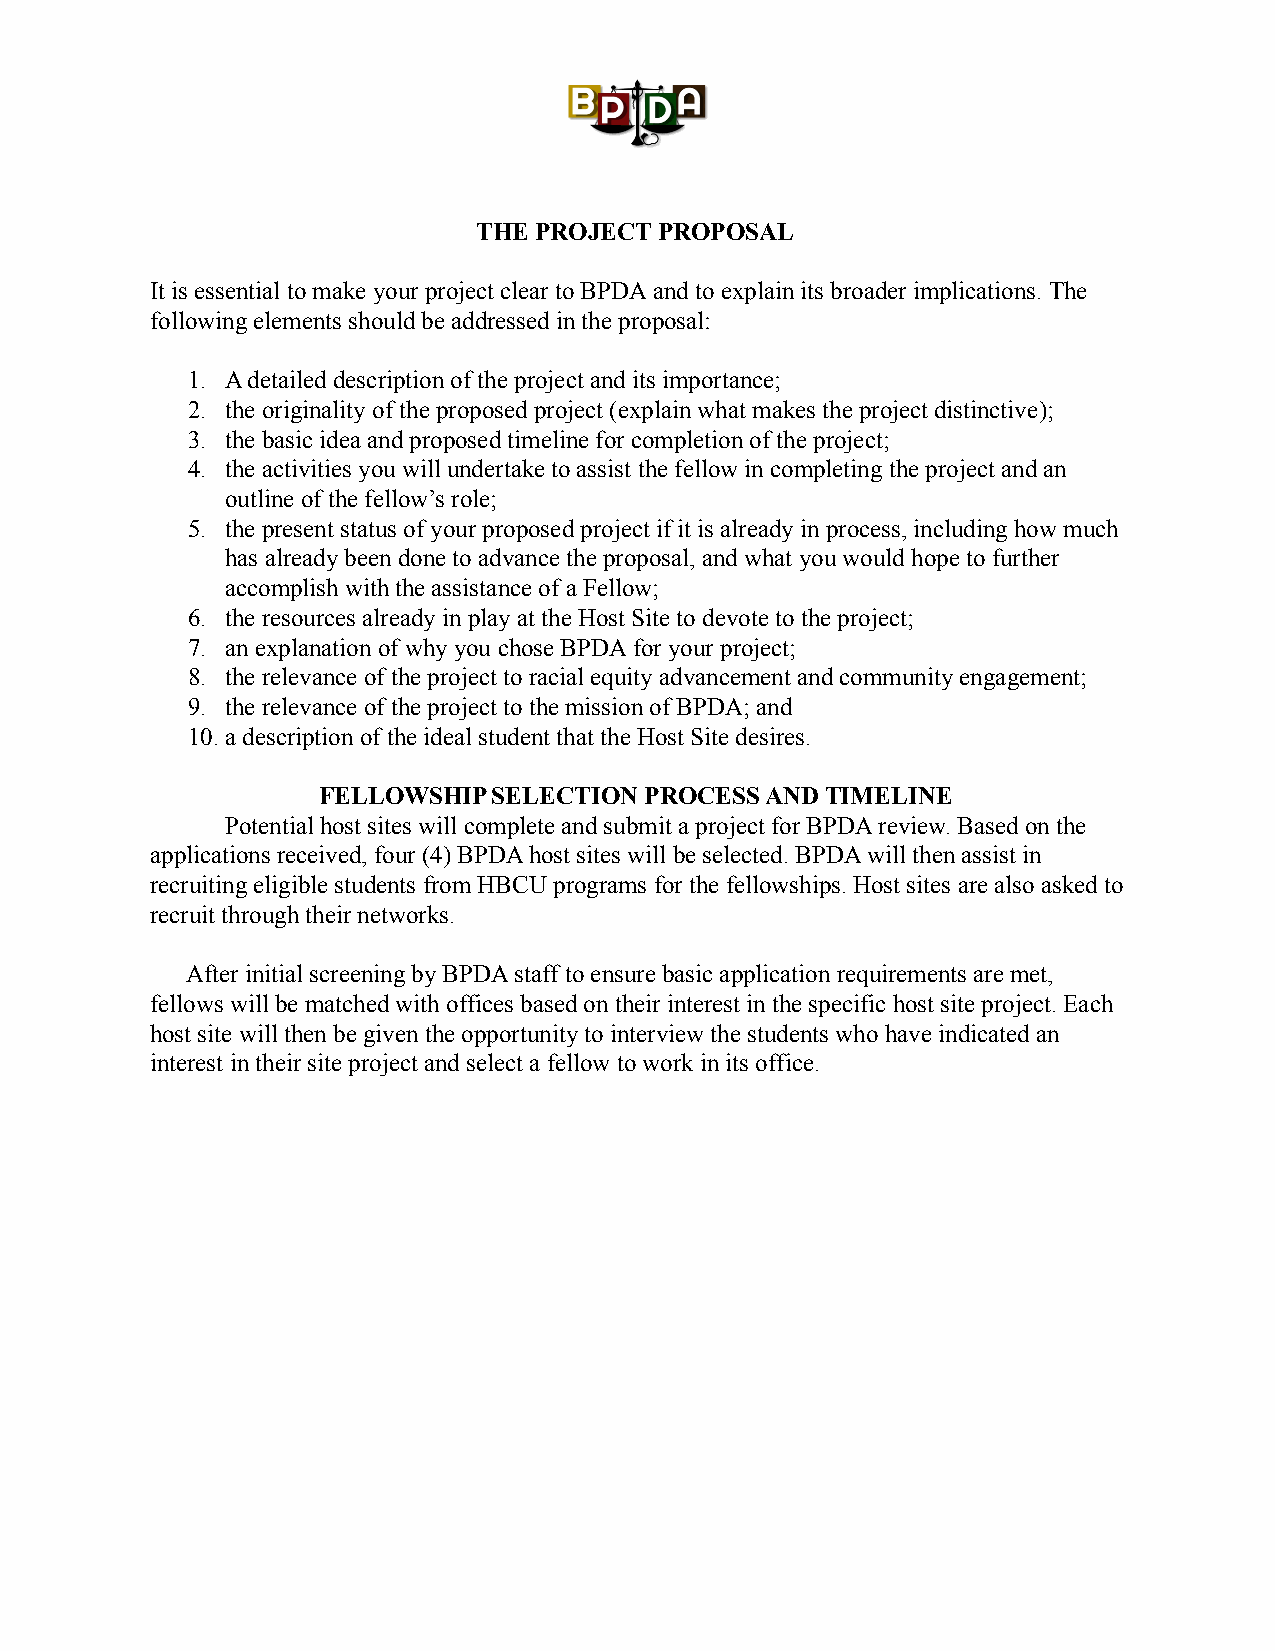
THE PROJECT PROPOSAL
 It is essential to make your project clear to BPDA and to explain its broader implications. The
 following elements should be addressed in the proposal:
 1. A detailed description of the project and its importance;
 2. the originality of the proposed project (explain what makes the project distinctive);
 3. the basic idea and proposed timeline for completion of the project;
 4. the activities you will undertake to assist the fellow in completing the project and an
 outline of the fellow’s role;
 5. the present status of your proposed project if it is already in process, including how much
 has already been done to advance the proposal, and what you would hope to further
 accomplish with the assistance of a Fellow;
 6. the resources already in play at the Host Site to devote to the project;
 7. an explanation of why you chose BPDA for your project;
 8. the relevance of the project to racial equity advancement and community engagement;
 9. the relevance of the project to the mission of BPDA; and
 10.a description of the ideal student that the Host Site desires.
 FELLOWSHIP  SELECTION PROCESS AND TIMELINE
 Potential host sites will complete and submit a project for BPDA review. Based on the
 applications received, four (4) BPDA host sites will be selected. BPDA will then assist in
 recruiting eligible students from HBCU programs for the fellowships. Host sites are also asked to
 recruit through their networks.
 After initial screening by BPDA staff to ensure basic application requirements are met,
 fellows will be matched with offices based on their interest in the specific host site project. Each
 host site will then be given the opportunity to interview the students who have indicated an
 interest in their site project and select a fellow to work in its office.